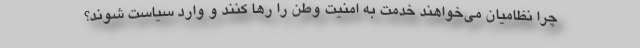
چرا نظامیان می‌خواهند خدمت به امنیت وطن را رها کنند و وارد سیاست شوند؟